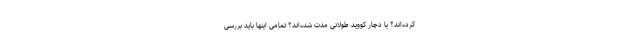
کرده‌اند؟ یا دچار کووید طولانی مدت‌ شده‌اند؟ تمامی اینها باید بررسی